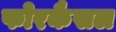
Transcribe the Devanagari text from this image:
फोरकैसल